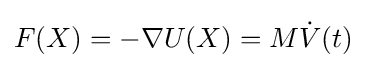
F(X)=-\nabla U(X)=M{\dot {V}}(t)